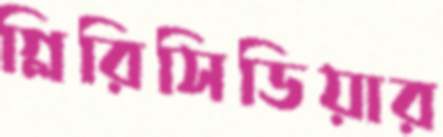
গ্লিরিসিডিয়ার